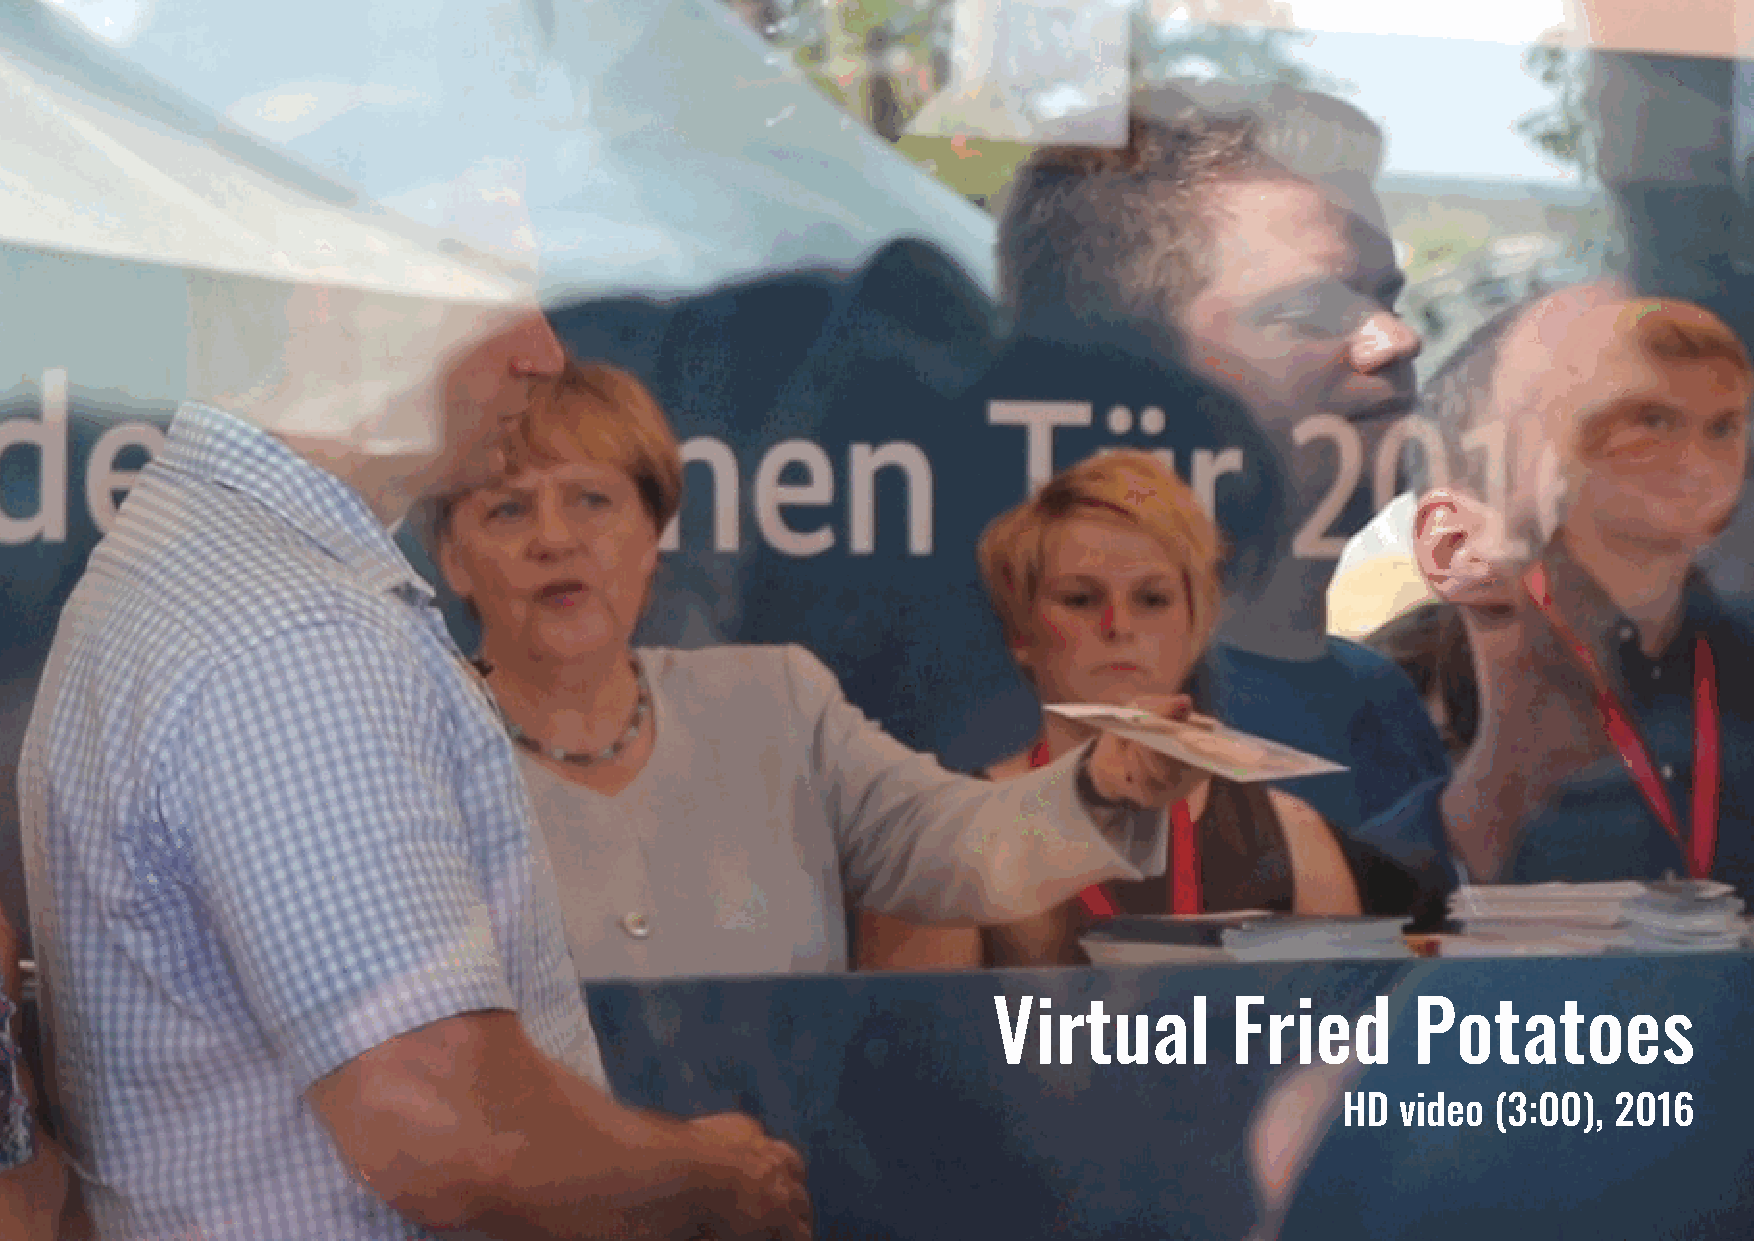
Virtual        Fried        Potatoes
 HD  video (3:00), 2016